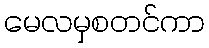
မေလမှစတင်ကာ